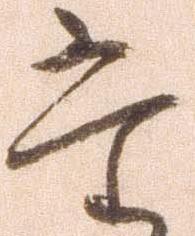
た